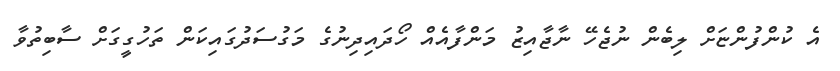
އެ ކުންފުންޏަށް ލިބެން ނުޖެހޭ ނާޖާއިޒު މަންފާއެއް ހޯދައިދިނުގެ މަގުސަދުގައިކަން ތަހުގީގަށް ސާބިތުވާ